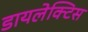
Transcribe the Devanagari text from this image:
डायलेक्टिस